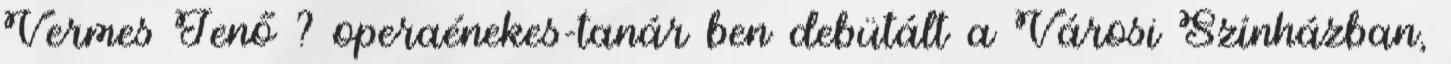
Vermes Jenő ? operaénekes-tanár ben debütált a Városi Színházban,